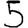
Digit: 5